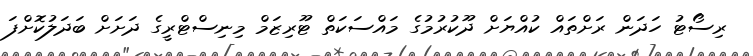
ރިސޯޓު ހަދަން ރަށްތައް ކުއްޔަށް ދޫކުރުމުގެ މައްސަކަތް ޓޫރިޒަމް މިނިސްޓްރީގެ ދަށަށް ބަދަލުކޮށްފަ